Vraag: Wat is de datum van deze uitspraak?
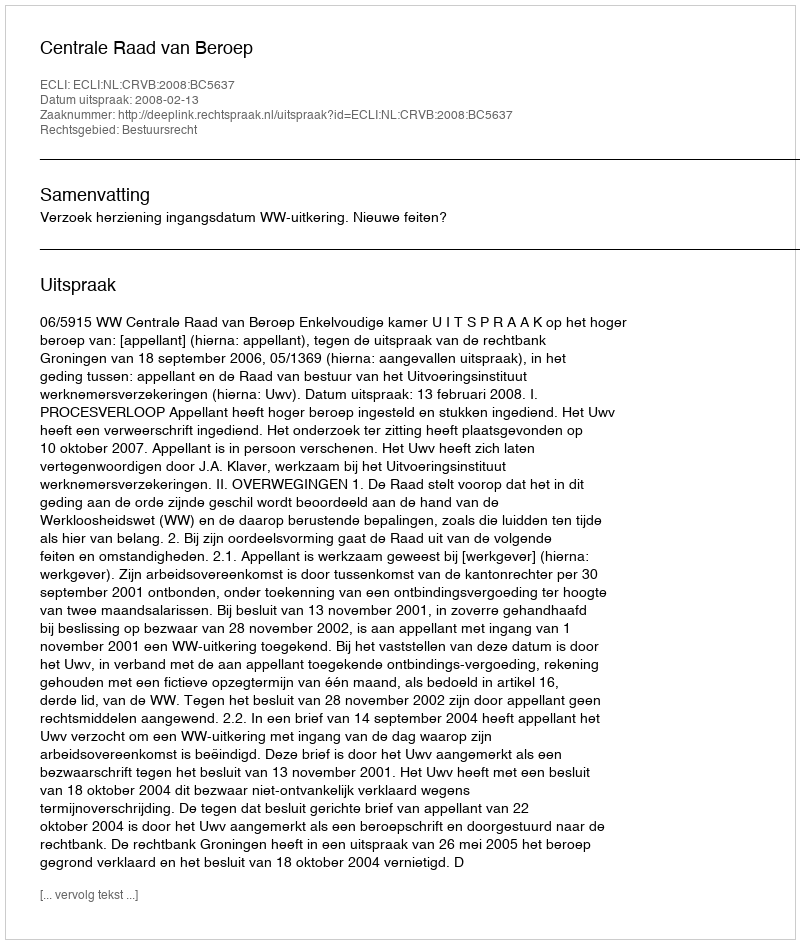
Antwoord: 2008-02-13